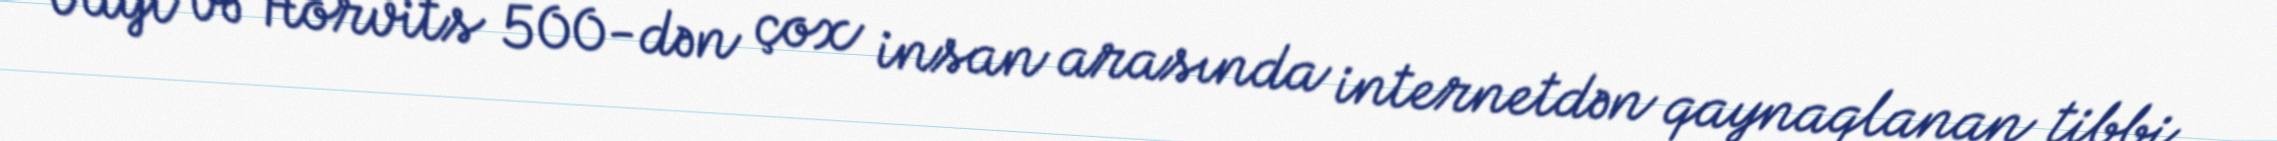
Vayt və Horvits 500-dən çox insan arasında internetdən qaynaqlanan tibbi